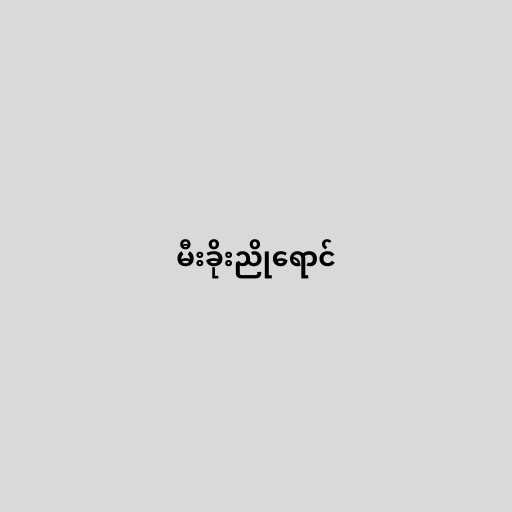
မီးခိုးညိုရောင်